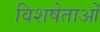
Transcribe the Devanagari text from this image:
विशषेताओं